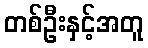
တစ်ဦးနှင့်အတူ